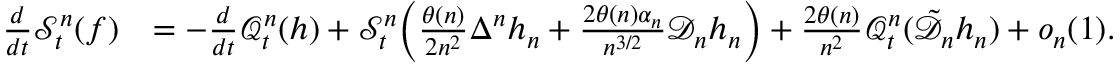
\begin{array} { r l } { \frac { d } { d t } \mathscr { S } _ { t } ^ { n } ( f ) } & { = - \frac { d } { d t } \mathscr { Q } _ { t } ^ { n } ( h ) + \mathscr { S } _ { t } ^ { n } \bigg ( \frac { \theta ( n ) } { 2 n ^ { 2 } } \Delta ^ { n } h _ { n } + \frac { 2 \theta ( n ) \alpha _ { n } } { n ^ { 3 / 2 } } \mathscr { D } _ { n } h _ { n } \bigg ) + \frac { 2 \theta ( n ) } { n ^ { 2 } } \mathscr { Q } _ { t } ^ { n } ( \tilde { \mathscr { D } _ { n } } h _ { n } ) + o _ { n } ( 1 ) . } \end{array}